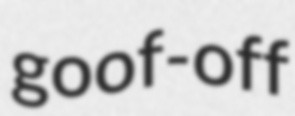
goof-off